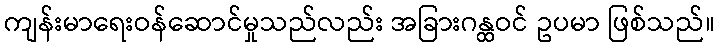
ကျန်းမာရေးဝန်ဆောင်မှုသည်လည်း အခြားဂန္ထဝင် ဥပမာ ဖြစ်သည်။